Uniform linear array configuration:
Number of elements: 16
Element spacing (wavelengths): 0.5
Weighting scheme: exponential
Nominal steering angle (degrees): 0
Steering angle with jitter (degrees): -0.7444
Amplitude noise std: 0.05
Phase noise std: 0.05

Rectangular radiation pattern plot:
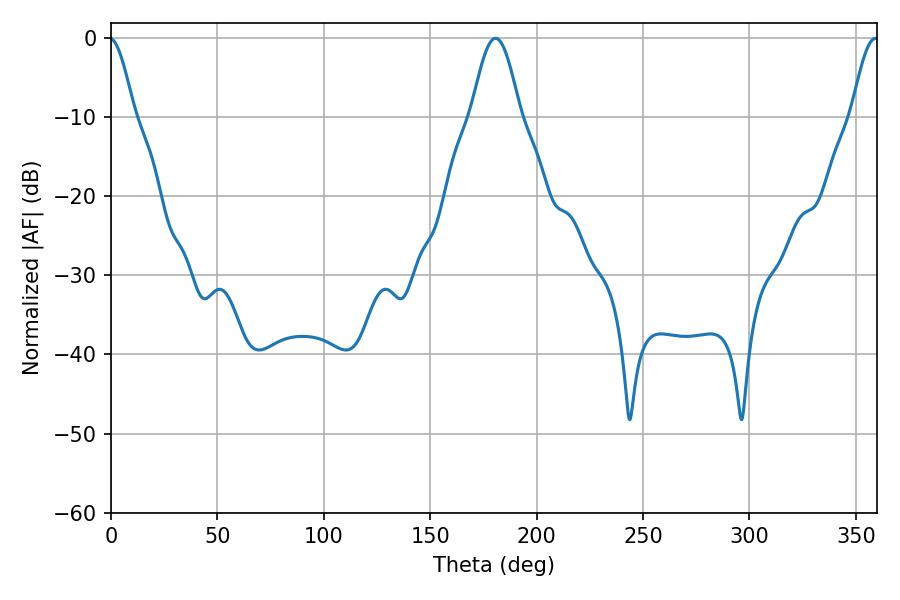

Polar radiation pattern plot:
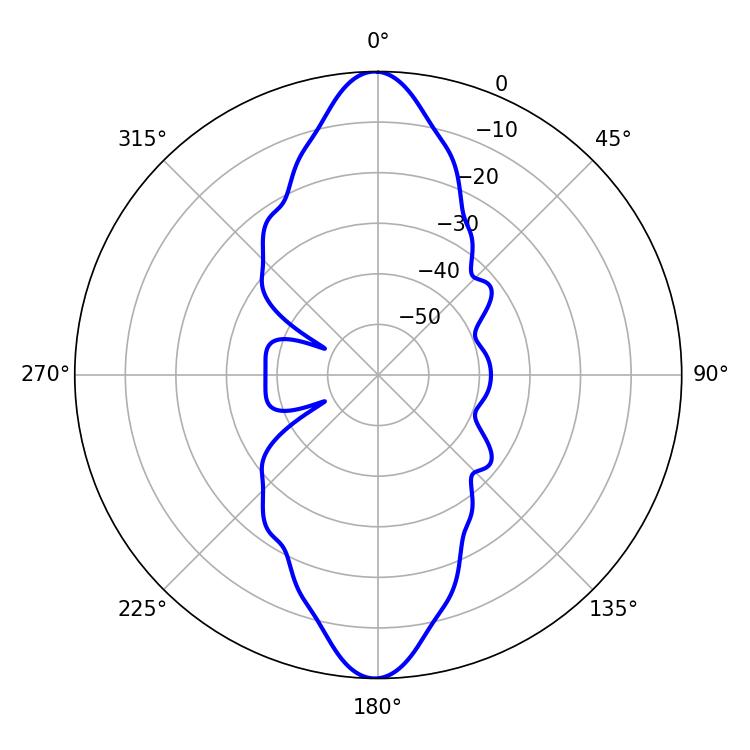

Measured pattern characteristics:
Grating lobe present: FALSE
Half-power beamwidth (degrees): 12.24
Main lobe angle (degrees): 180.72